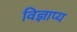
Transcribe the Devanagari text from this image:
विज्ञाप्य